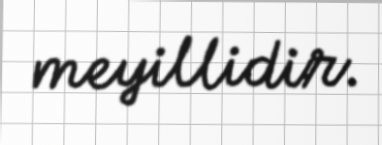
meyillidir.